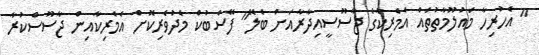
" އެހުރިހާ މައުލޫމާތުތައް އެމެރިކާގެ ޖާސޫސީއިދާރާއަށް ބެލޭ" ފޭސްބުކް މެދުވެރިކޮށް އެމެރިކާއިން ޖާސޫސްކުރާ